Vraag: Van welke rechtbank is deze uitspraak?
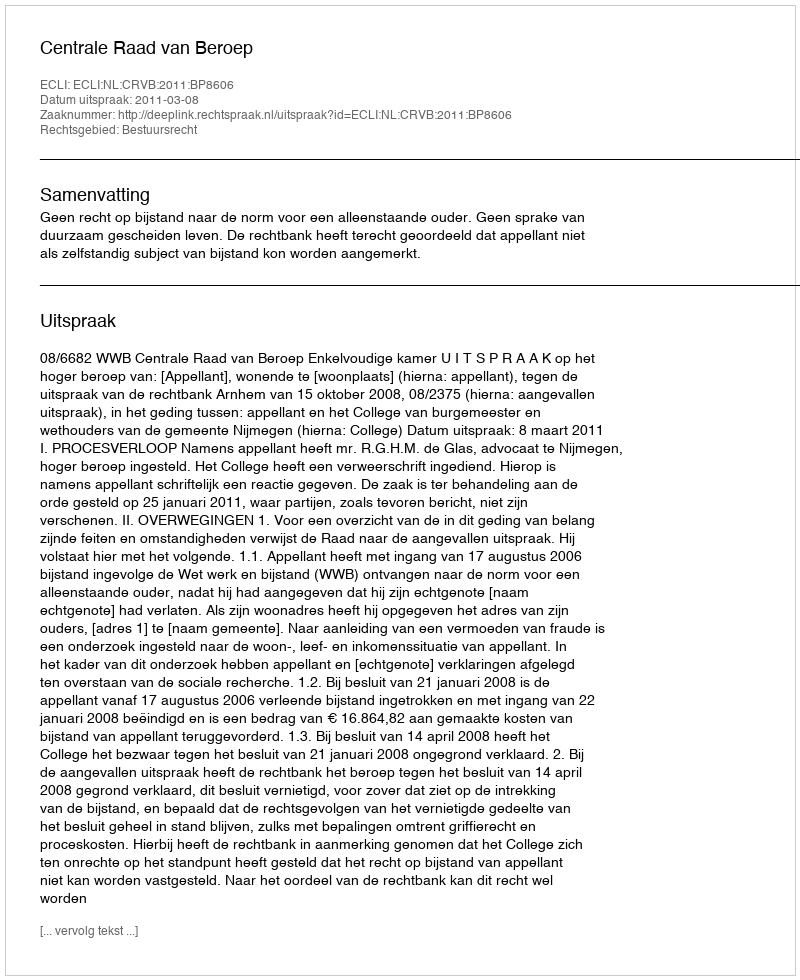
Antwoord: Centrale Raad van Beroep